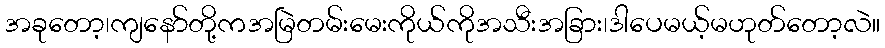
အခုတော့၊ကျနော်တို့ကအမြဲတမ်းမေးကိုယ်ကိုအသီးအခြား၊ဒါပေမယ့်မဟုတ်တော့လဲ။